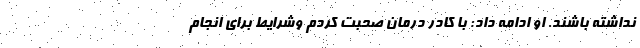
نداشته باشند. او ادامه داد: با کادر درمان صحبت کردم وشرایط برای انجام